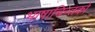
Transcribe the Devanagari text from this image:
भाषाचिन्तको